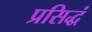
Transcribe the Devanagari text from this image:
प्रसिद्धं